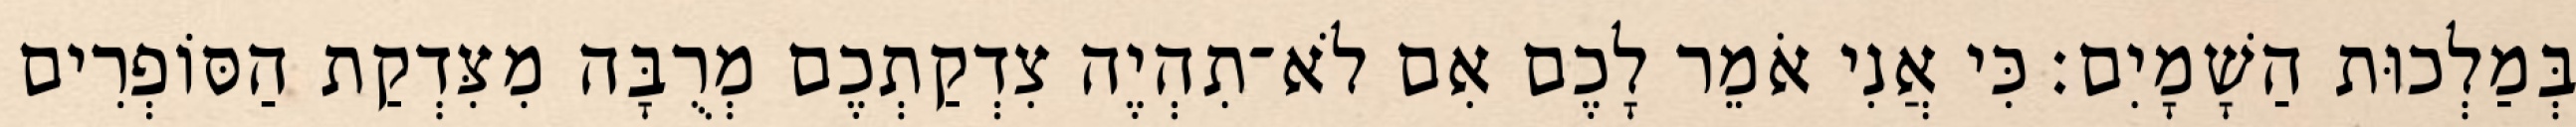
בְּמַלְכוּת הַשָׁמָיִם׃ כִּי אֲנִי אֹמֵר לָכֶם אִם לֹא־תִהְיֶה צִדְקַתְכֶם מְרֻבָּה מִצִּדְקַת הַסּוֹפְרִים